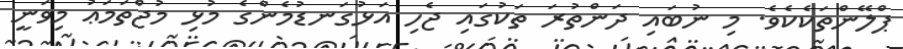
ޕްލޭންތަކެކެވެ. މި ނުބައި ދަންތުރަ ތަކުގައި ޖެހި އަޅުގަނޑުމެންގެ މުޅި މުޖްތަމަޢު މިވަނީ